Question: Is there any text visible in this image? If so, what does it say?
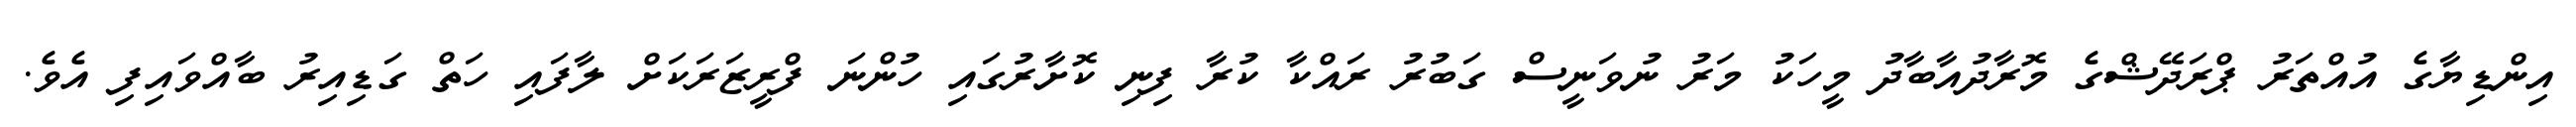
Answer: އިންޑިޔާގެ އުއްތަރު ޕްރަދޭޝްގެ މޮރާދުއާބާދު މީހަކު މަރު ނުވަނީސް ގަބުރު ރައްކާ ކުރާ ފިނި ކޮށާރުގައި ހުންނަ ފްރީޒަރަކަށް ލާފައި ހަތް ގަޑިއިރު ބާއްވައިފި އެވެ.